Civil Veterinary Department Bengal reports 1933-51 - 1933-1951
Year: 1933
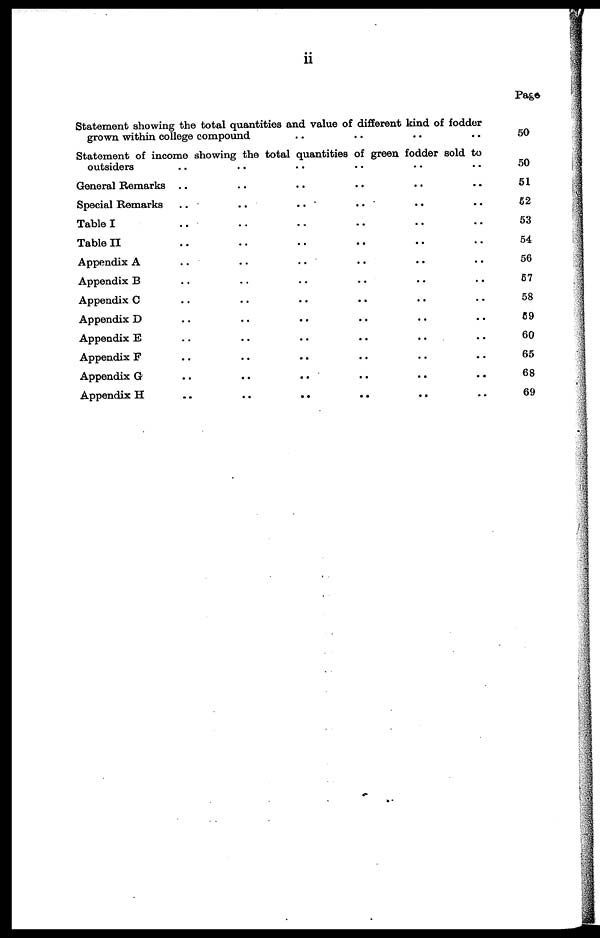
ii
Statement showing the total quantities and value of different kind of fodder
grown within college compound .. .. .. ..
Statement of income showing the total quantities of green fodder sold to
outsiders .. .. .. .. .. ..
General Remarks .. .. .. .. .. ..
Special Remarks .. .. .. .. .. ..
Table I .. .. .. .. .. ..
Table II .. .. .. .. .. ..
Appendix A
..
..
..
..
..
..
Appendix B
..
..
..
..
..
..
Appendix C .. .. .. .. .. ..
Appendix D .. .. .. .. .. ..
Appendix E .. .. .. .. .. ..
Appendix F
..
..
..
..
..
..
Appendix G .. .. .. .. .. ..
Appendix H .. .. .. .. .. ..
Page
50
50
51
62
53
54
56
67
58
69
60
65
68
69